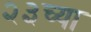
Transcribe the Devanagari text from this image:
२३च्या